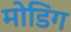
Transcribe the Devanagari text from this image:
मोडिंग